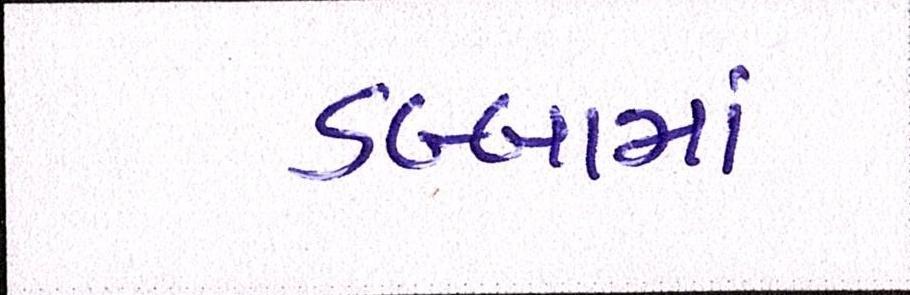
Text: ડબ્બામાં